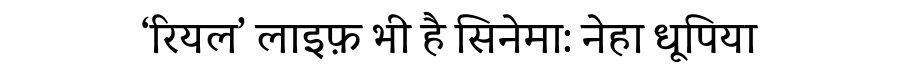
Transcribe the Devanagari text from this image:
‘रियल’ लाइफ़ भी है सिनेमा: नेहा धूपिया